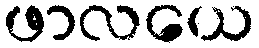
ဖာလယေ